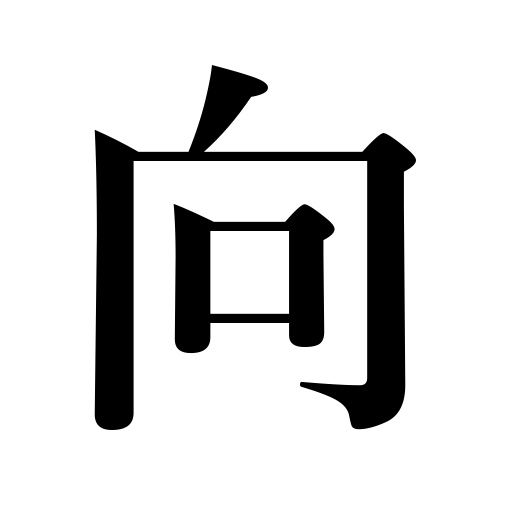
Meanings: lean towards,point a gun,destination,suit,front on,confront,turn,the next few years,opposition to,a needle points to,oppose,get,approach,the other party,face,defy,opposite direction,the other side,tend toward,proceed to,send a messenger of letter